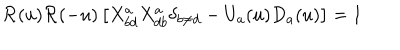
LaTeX: { \cal R } ( u ) { \cal R } ( - u ) \left[ X _ { b d } ^ { a } X _ { d b } ^ { a } \delta _ { b \neq d } - U _ { a } ( u ) D _ { a } ( u ) \right] = 1